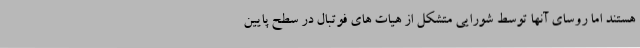
هستند اما روسای آنها توسط شورایی متشکل از هیات های فوتبال در سطح پایین